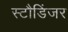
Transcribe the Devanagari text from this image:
स्टौडिंजर